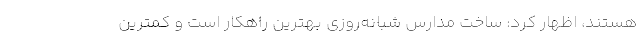
هستند، اظهار کرد: ساخت مدارس شبانه‌روزی بهترین راهکار است و کمترین